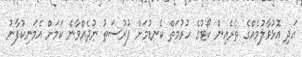
އަދި އޮޅުވާލުމެއްގެ ތެރެއިން ކޯޓުގެ ހުރުމަތް ކެނޑުމަށް ފުރުސަތު ނުދެއްވާނެ ކަމަށް އެމަނިކުފާނު